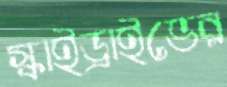
স্কাইড্রাইভের